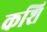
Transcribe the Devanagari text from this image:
कशि